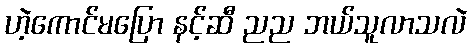
ဟဲ့ကောင်မပြော နင့်ဆီ ညည ဘယ်သူလာသလဲ